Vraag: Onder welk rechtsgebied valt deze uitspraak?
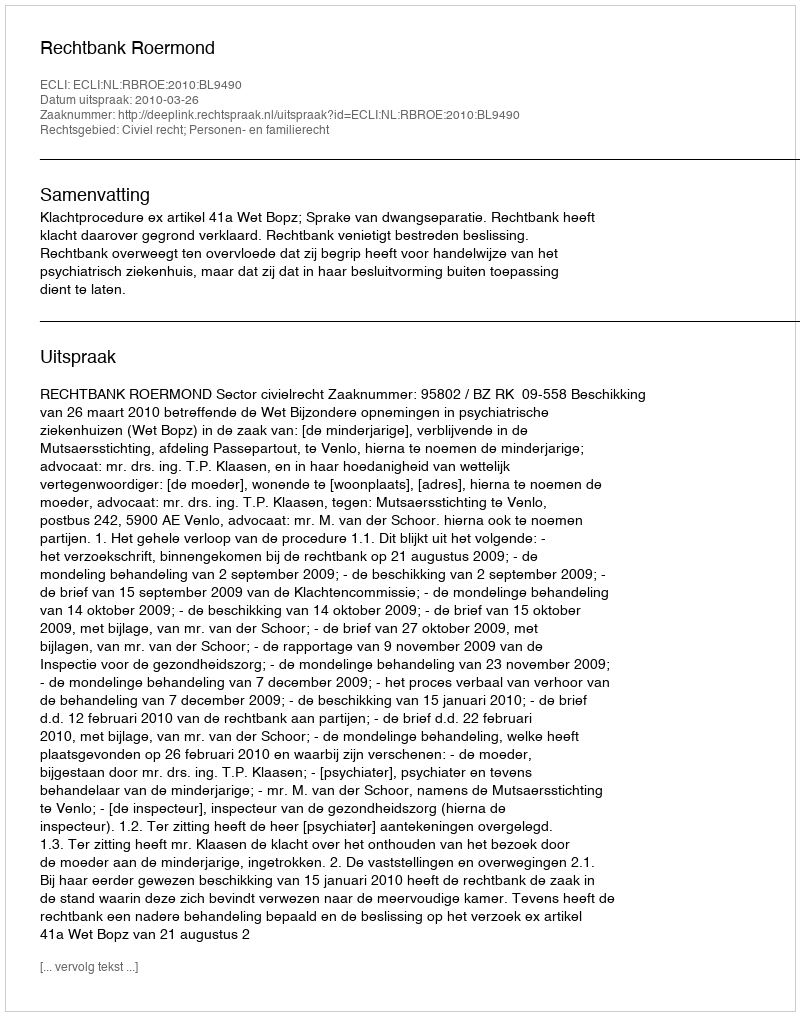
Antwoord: Civiel recht; Personen- en familierecht